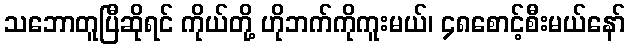
သဘောတူပြီဆိုရင် ကိုယ်တို့ ဟိုဘက်ကိုကူးမယ်၊ ၄၈စောင့်စီးမယ်နော်